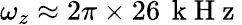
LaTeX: \omega_{z}\approx 2\pi\times 26\, \mathrm{~k~H~z~}